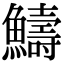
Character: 䲖